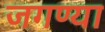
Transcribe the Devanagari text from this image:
जगण्या